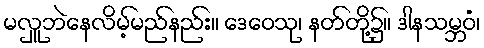
မလှူဘဲနေလိမ့်မည်နည်း။ ဒေဝေသု၊ နတ်တို့၌။ ဒါနသမ္ဘဝံ၊